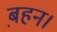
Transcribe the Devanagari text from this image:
ब़हन।